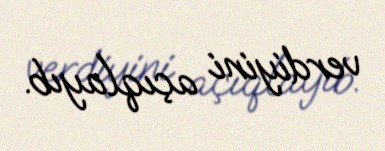
verdiyini açıqlayıb.